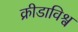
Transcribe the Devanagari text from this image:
क्रीडाविश्व